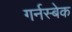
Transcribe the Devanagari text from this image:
गर्नस्बेक